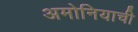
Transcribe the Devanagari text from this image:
अमोनियाची